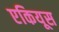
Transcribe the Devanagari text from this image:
एकियूस